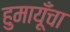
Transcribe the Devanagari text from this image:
हुमायूँचा